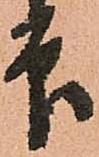
印